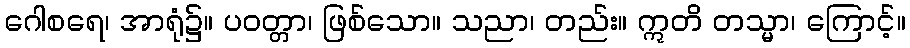
ဂေါစရေ၊ အာရုံ၌။ ပဝတ္တာ၊ ဖြစ်သော။ သညာ၊ တည်း။ ဣတိ တသ္မာ၊ ကြောင့်။